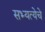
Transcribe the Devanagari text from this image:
सभ्यत्येचे